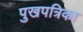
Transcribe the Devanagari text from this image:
पुखपत्रिका